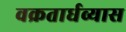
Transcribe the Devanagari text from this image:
वक्रतार्धव्यास